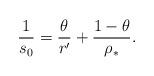
LaTeX: \begin{align*}\frac 1 {s_0}= \frac \theta {r'} +\frac{1-\theta}{\rho_\ast}.\end{align*}